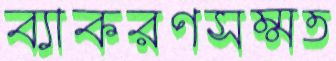
ব্যাকরণসম্মত